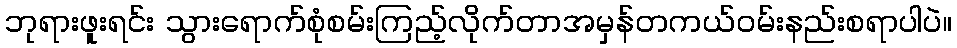
ဘုရားဖူးရင်း သွားရောက်စုံစမ်းကြည့်လိုက်တာအမှန်တကယ်ဝမ်းနည်းစရာပါပဲ။